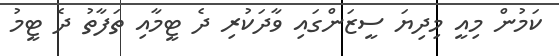
ކަމުން މިއީ މިދިޔަ ސީޒަންގައި ވާދަކުރި ދެ ޓީމާއި ތަފާތު ދެ ޓީމު